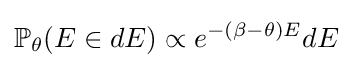
\mathbb {P} _{\theta }(E\in dE)\propto e^{-(\beta -\theta )E}dE